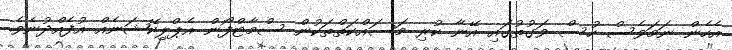
އެހެން ނަމަވެސް ހުސް ވަގުތުގައި އޭނާ ކުރި މަސައްކަތްތަކުން ސްމާޓްފޯން އެޕްލިކޭޝަނެއް އުފެއްދުނެވެ.